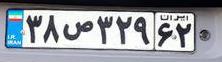
۳۸ص۳۲۹۶۲